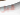
قبل